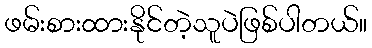
ဖမ်းစားထားနိုင်တဲ့သူပဲဖြစ်ပါတယ်။